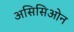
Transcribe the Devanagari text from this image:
असिसिओन